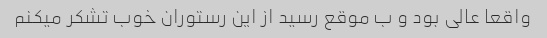
واقعا عالی بود و ب موقع رسید از این رستوران خوب تشکر میکنم